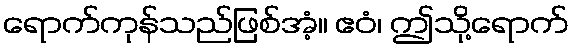
ရောက်ကုန်သည်ဖြစ်အံ့။ ဧဝံ၊ ဤသို့ရောက်